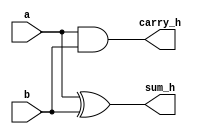
module ha(a,b,sum_h,carry_h);
input a,b;
output sum_h,carry_h;
assign sum_h = a^b;
assign carry_h = a&b;
endmodule

module fa(a,b,cin,sum_f,carry_f);
input a,b,cin;
output sum_f,carry_f;
assign sum_f = a^b^cin;
assign carry_f = (a&b) | (b&cin) | (a&cin);
endmodule


module wallace_multiplier(a,b,result);
input [7:0] a,b;
//input carry_in;
output[15:0] result;

wire [16:0]hs,hc; wire [38:0]fs,fc;
//wire p00, hs0,hc0,fs0,fc0,fs1,fc1,fs2,fc2
reg pp[7:0][7:0];
integer i,j;
 
always@(a or b)
begin
for( i = 0; i<8; i=i+1) 
for( j = 0;j<8;j=j+1)
pp[i][j] <= a[j]&b[i]; 
end

// capacity = 6 

// half adders
ha h0(pp[0][1],pp[1][0],hs[0],hc[0]);

// full adders
fa f0(pp[0][2],pp[1][1],pp[2][0],fs[0],fc[0]);
fa f1(pp[0][3],pp[1][2],pp[2][1],fs[1],fc[1]);
fa f2(pp[0][4],pp[1][3],pp[2][2],fs[2],fc[2]);
fa f3(pp[0][5],pp[1][4],pp[2][3],fs[3],fc[3]);
fa f4(pp[3][2],pp[4][1],pp[5][0],fs[4],fc[4]);
fa f5(pp[0][6],pp[1][5],pp[2][4],fs[5],fc[5]);
fa f6(pp[3][3],pp[4][2],pp[5][1],fs[6],fc[6]);
fa f7(pp[0][7],pp[1][6],pp[2][5],fs[7],fc[7]);
fa f8(pp[3][4],pp[4][3],pp[5][2],fs[8],fc[8]);
fa f9(pp[1][7],pp[2][6],pp[3][5],fs[9],fc[9]);
fa f10(pp[4][4],pp[5][3],pp[6][2],fs[10],fc[10]);
fa f11(pp[2][7],pp[3][6],pp[4][5],fs[11],fc[11]);
fa f12(pp[5][4],pp[6][3],pp[7][2],fs[12],fc[12]);
fa f13(pp[3][7],pp[4][6],pp[5][5],fs[13],fc[13]);
fa f14(pp[4][7],pp[5][6],pp[6][5],fs[14],fc[14]);
fa f15(pp[5][7],pp[6][6],pp[7][5],fs[15],fc[15]);



ha h1(fs[0],hc[0],hs[1],hc[1]);
ha h2(fc[8],pp[7][1],hs[2],hc[2]);

fa f16(fs[1],fc[0],pp[3][0],fs[16],fc[16]);
fa f17(fs[2],fc[1],pp[3][1],fs[17],fc[17]);
fa f18(fs[3],fc[2],fs[4],fs[18],fc[18]);
fa f19(fs[5],fc[3],fs[6],fs[19],fc[19]);
fa f20(fs[7],fc[5],fs[8],fs[20],fc[20]);
fa f21(fc[6],pp[6][1],pp[7][0],fs[21],fc[21]);
fa f22(fs[9],fc[7],fs[10],fs[22],fc[22]);
fa f23(fs[11],fc[9],fs[12],fs[23],fc[23]);
fa f24(fc[11],fs[13],fc[12],fs[24],fc[24]);
fa f25(fs[14],fc[13],pp[7][4],fs[25],fc[25]);
fa f26(pp[6][7],pp[7][6],fc[15],fs[26],fc[26]);


ha h3(fs[16],hc[1],hs[3],hc[3]);

fa f27(fs[17],fc[16],pp[4][0],fs[27],fc[27]);
fa f28(fs[19],fc[18],fc[4],fs[28],fc[28]);
fa f29(fs[20],fc[19],fs[21],fs[29],fc[29]);
fa f30(fs[22],fc[20],hs[2],fs[30],fc[30]);
fa f31(fs[23],fc[22],fc[10],fs[31],fc[31]);
fa f32(fs[24],fc[23],pp[6][4],fs[32],fc[32]);
fa f33(fc[14],fc[25],fs[15],fs[33],fc[33]);

ha h4(fs[27],hc[3],hs[4],hc[4]);
ha h5(fs[28],pp[6][0],hs[5],hc[5]);
ha h6(fs[29],fc[28],hs[6],hc[6]);



fa f34(fs[18],fc[27],fc[17],fs[34],fc[34]);
fa f35(fs[30],fc[29],fc[21],fs[35],fc[35]);
fa f36(fs[31],fc[30],hc[2],fs[36],fc[36]);
fa f37(fs[32],fc[31],pp[7][3],fs[37],fc[37]);
fa f38(fs[25],fc[32],fc[24],fs[38],fc[38]);

ha h7(fs[34],hc[4],hs[7],hc[7]);
ha h8(hs[5],fc[34],hs[8],hc[8]);
ha h9(hs[6],hc[5],hs[9],hc[9]);
ha h10(fs[35],hc[6],hs[10],hc[10]);
ha h11(fs[36],fc[35],hs[11],hc[11]);
ha h12(fs[37],fc[36],hs[12],hc[12]);
ha h13(fs[38],fc[37],hs[13],hc[13]);
ha h14(fs[33],fc[38],hs[14],hc[14]);
ha h15(fs[26],fc[33],hs[15],hc[15]);
ha h16(pp[7][7],fc[26],hs[16],hc[16]);


assign result[0] = pp[0][0],
	   result[1] = hs[0],
	   result[2] = hs[1],
	   result[3] = hs[3],
	   result[4] = hs[4],
	   result[5] = hs[7],
	   result[6] = hs[8],
	   result[7] = hs[9],
	   result[8] = hs[10],
	   result[9]  = hs[11],
	   result[10]  = hs[12],
	   result[11]  = hs[13],
	   result[12]  = hs[14],
	   result[13]  = hs[15],
	   result[14]  = hs[16],
	   result[15] = hc[16];
		
endmodule